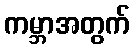
ကမ္ဘာအတွက်